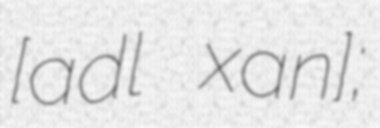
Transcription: [ˈaːd̪ɪl xaːn];